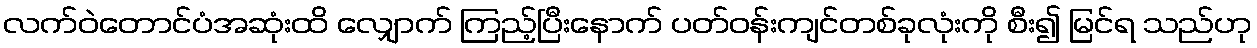
လက်ဝဲတောင်ပံအဆုံးထိ လျှောက် ကြည့်ပြီးနောက် ပတ်ဝန်းကျင်တစ်ခုလုံးကို စီး၍ မြင်ရ သည်ဟု